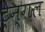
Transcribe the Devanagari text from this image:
ट्रेन्गल